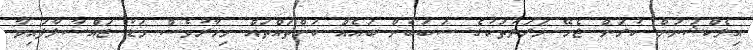
އިލެކްޝަނަށް ކުރަން ޖެހޭ ހަރަދުތަކުގެ ސަބަބުން ބައެއް ކަންތައްތައް މިހާރުވެސް މަޑު ޖައްސާލާފައިވާ